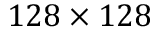
{ 1 2 8 \times 1 2 8 }